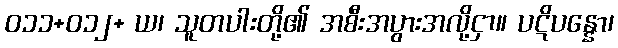
ဝ၁၁+၀၁၂+ ယ၊ သူတပါးတို့၏ အစီးအပွားအလို့ငှာ။ ပဋိပန္နော၊